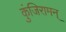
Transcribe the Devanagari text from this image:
कुंजिरामन्